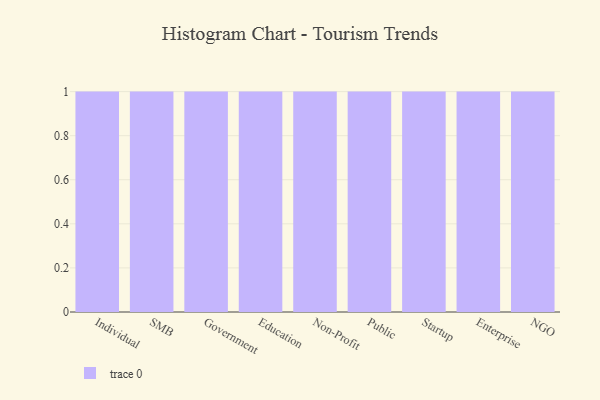
{"axis": {"x": "Segment", "y": "Customer Acquisition Cost (USD)"}, "legend": [""], "data": [{"x": "Individual", "y": 69, "type": ""}, {"x": "SMB", "y": 99, "type": ""}, {"x": "Government", "y": 100, "type": ""}, {"x": "Education", "y": 5, "type": ""}, {"x": "Non-Profit", "y": 84, "type": ""}, {"x": "Public", "y": 92, "type": ""}, {"x": "Startup", "y": 18, "type": ""}, {"x": "Enterprise", "y": 62, "type": ""}, {"x": "NGO", "y": 71, "type": ""}]}